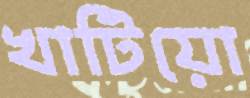
খাটিয়ো